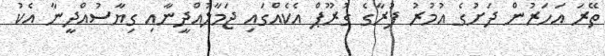
ތޭރަ އަހަރުން ދަށުގެ އުމުރު ފުރާގެ ގުރޫޕް އެކެއްގައި ޖަމާލުއްދީނާއި ގިޔާސުއްދީނާ އެކު